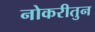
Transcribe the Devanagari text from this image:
नोकरीतुन